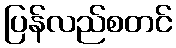
ပြန်လည်စတင်